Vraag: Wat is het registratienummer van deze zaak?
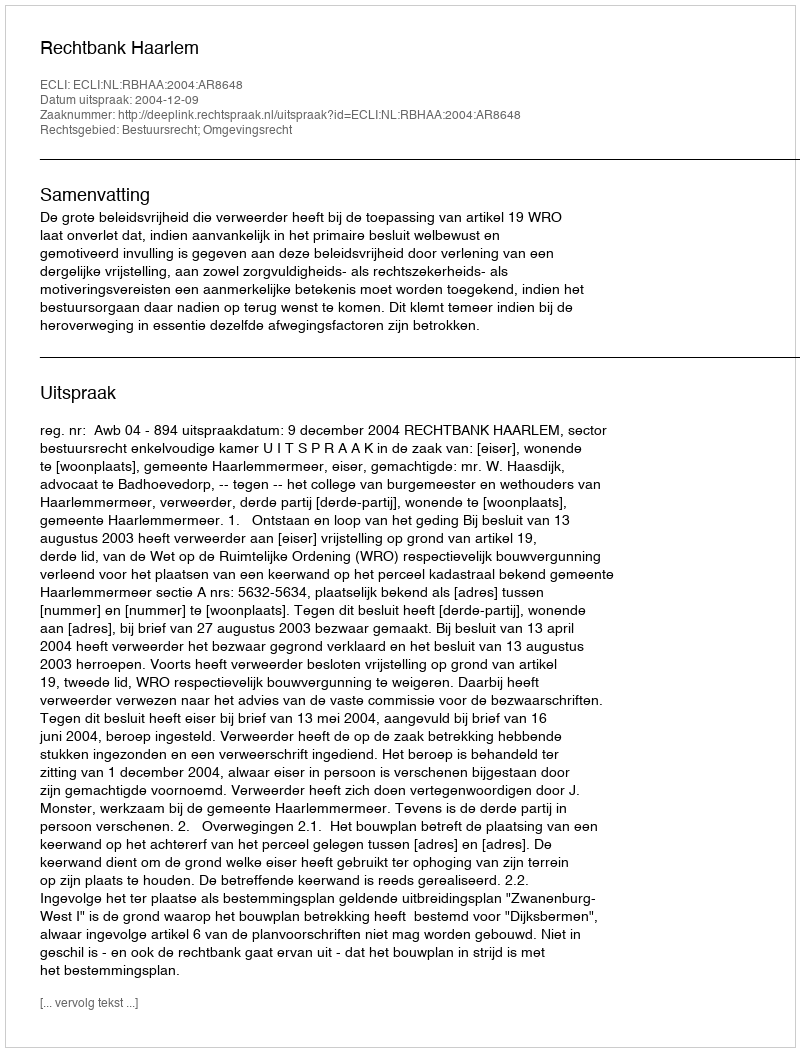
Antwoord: http://deeplink.rechtspraak.nl/uitspraak?id=ECLI:NL:RBHAA:2004:AR8648